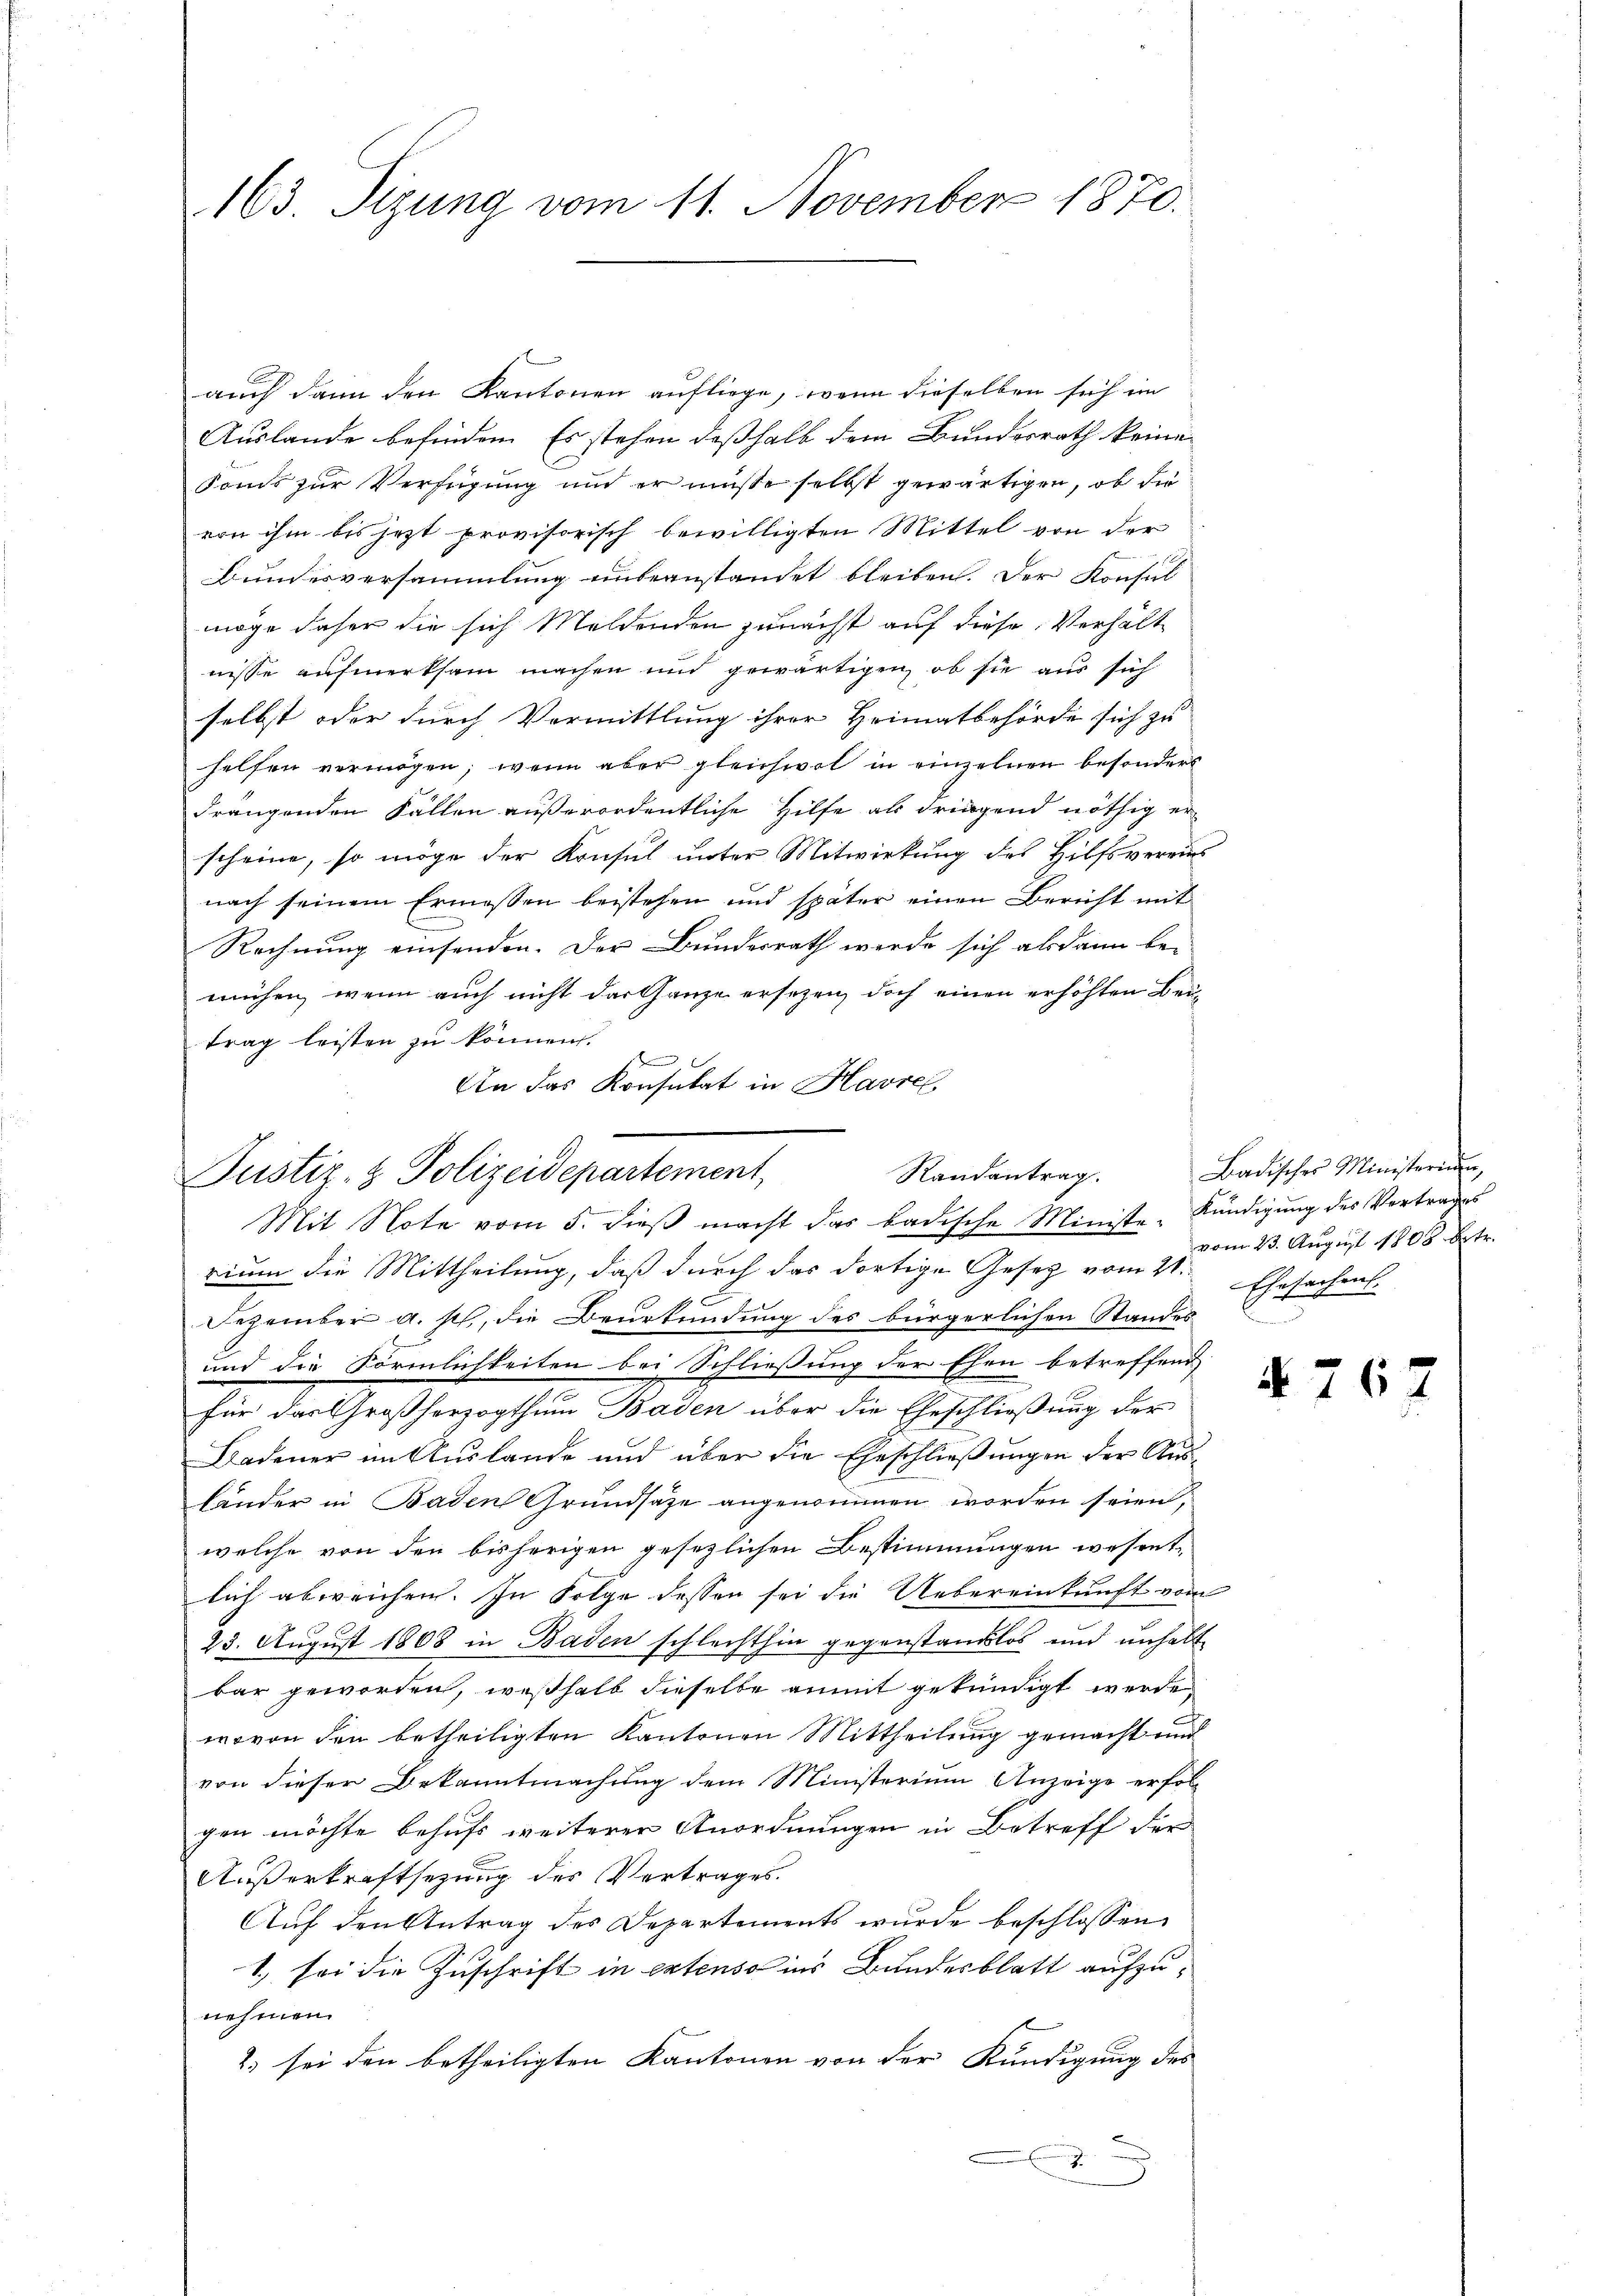
163. Sizung vom 11. November 1870.

auch dann den Kantonen aufliege, wenn dieselben sich im
Auslande befinden. Es stehen deßhalb dem Bundesrath keine
Soms zur Verfügung und er müsse selbst gewärtigen, ob die
von ihm bis jezt provisorisch bewilligten Mittel von der
Bundesversammlung unbeanstandet bleiben. Der Konsul
möge daher die sich Meldenden zunächst auf diese Verhält
nisse aufmerksam machen und gewärtigen, ob sie aus sich
selbst oder durch Vormittlung ihrer Heimatbehörde sich zu
helfen vermögen, wenn aber gleichwol in einzelnen besonders
drangenden Fällen außerordentliche Hilfe als dringend nöthig er
scheine, so möge der Konsul unter Mitwirkung des Hilfsvereins
nach seinem Ermessen beistehen und später einen Bericht mit
Rechnung einsenden. Der Bundesrath werde sich alsdann be-
mühen, wenn auch nicht das Ganze ersezen, doch einen erhöhten Beitrag leisten zu können.
e
An das Konsulat in Havre,

Randantrag.
Justiz- & Polizeidepartement
Mit Note vom 5. dieß macht das badische Ministe- Kündigung des Vortrages

rium die Mittheilung, daß durch das dortige Gesetz vom 21. Ehesachen
Dezember a. sch., die Beurkundung des bürgerlichen Standes
und die Förmlichkeiten bei Schließung der Ehen betreffend
für das Großherzogthum Baden über die Eheschließung der
Badener im Auslande und über die Eheschließungen der Ausländer in Baden Grundsätze angenommen worden seien,
welche von den bisherigen gesezlichen Bestimmungen wesentlich abweichen. In Folge dessen sei die Uebereinkunft vom
23. August 1808 in Baden schlechthin gegenstandslos und unhalt
bar geworden, weßhalb dieselbe anmit gekündigt werde,
wovon den betheiligten Kantonen Mittheilung gemacht und
von dieser Bekanntmachung dem Ministerium Anzeige erfol-
gen möchte behufs weiterer Anordnungen in Betreff der
Außerkraftsetzung des Vertrages.
Auf den Antrag des Departements wurde beschlossen
1.) sei die Zuschrift in extenso ins Bundesblatt aufzunehmen.
2) sei den betheiligten Kantonen von der Kündigung des
e
3
u

Badisches Ministerium,
vom 23. August 1808 betr.

§ 767